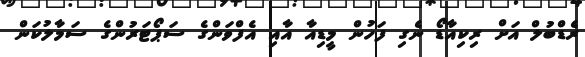
ރެޑްބުލް އަށް ރިކިއާޑޯ ނެގި ފަހުން މީޑިއާ އާއި އެފްވަންގެ ސަޕޯޓަރުންގެ ސަމާލުކަން